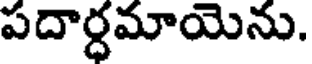
పదార్ధమాయెను.